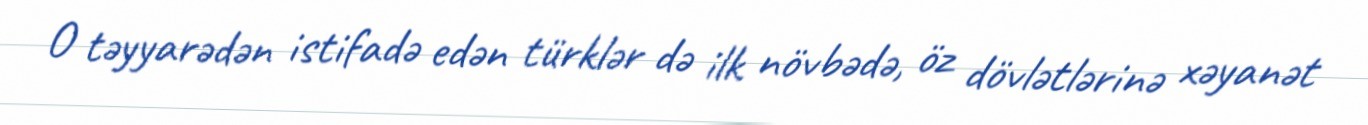
O təyyarədən istifadə edən türklər də ilk növbədə, öz dövlətlərinə xəyanət